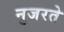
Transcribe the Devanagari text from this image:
नुजरते